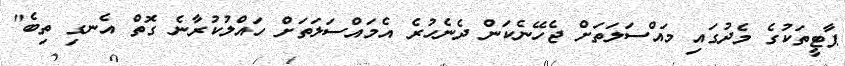
ޕާޓީތަކުގެ މެދުގައި މައްސަލަތަށް ޖެހޭނެކަން ދެނެހުރެ އެމައްސަލަތަށް ހައްލުކުރާނެ ގޮތް އެނގި ތިބެ"